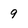
Character: 9